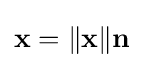
\mathbf {x} =\|\mathbf {x} \|\mathbf {n}